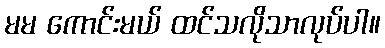
မမ ကောင်းမယ် ထင်သလိုသာလုပ်ပါ။